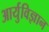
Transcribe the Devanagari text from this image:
आर्युविज्ञान